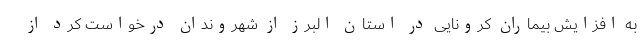
به افزایش بیماران کرونایی در استان البرز از شهروندان درخواست کرد از